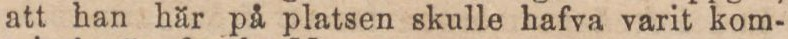
att han här på platsen skulle hafva varit kom-